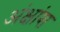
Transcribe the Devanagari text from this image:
अंक्षांश